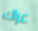
عراك